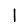
Digit: 1